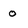
Character: 0